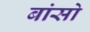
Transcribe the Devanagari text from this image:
बांसो